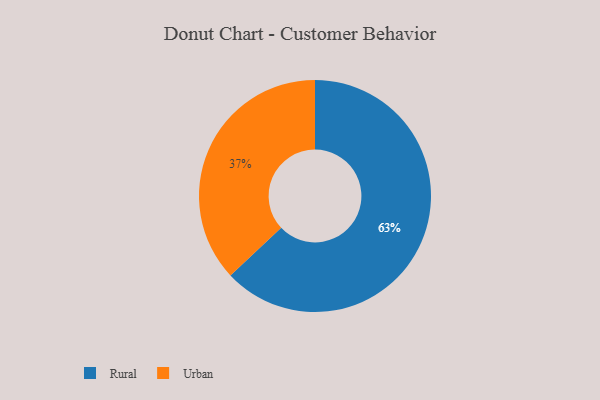
{"axis": {"x": "Category", "y": "Percentage"}, "legend": ["Rural", "Urban"], "data": [{"x": "Urban", "y": 37, "type": "Urban"}, {"x": "Rural", "y": 63, "type": "Rural"}]}